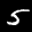
Label: 5